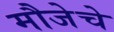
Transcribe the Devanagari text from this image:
मौजेचे